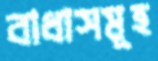
বাধাসমূহ